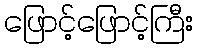
ဖြောင့်ဖြောင့်ကြီး